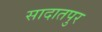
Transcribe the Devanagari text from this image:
सादातपुर